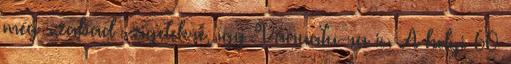
még szabad szigetekre, így Vanuatu-ra is. A helyi 60